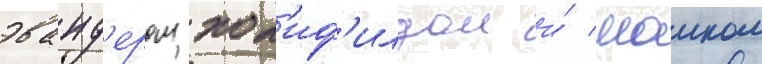
эванд'ером хол'иф'илдом и́ маиком